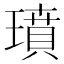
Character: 𤩳